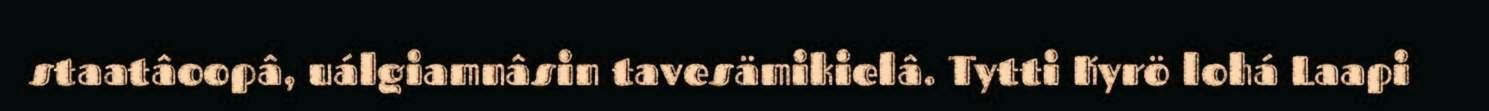
staatâoopâ, uálgiamnâsin tavesämikielâ. Tytti Kyrö lohá Laapi